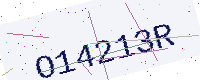
Text: O14213R